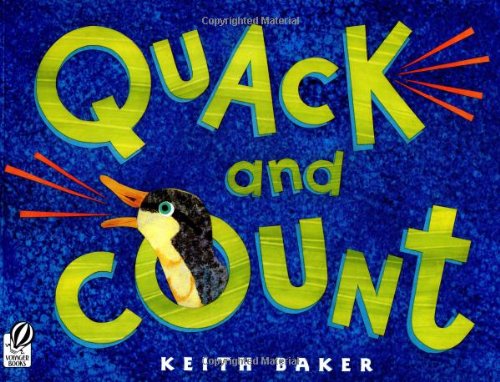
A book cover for Quack and Count; Keith Baker; Children's Books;